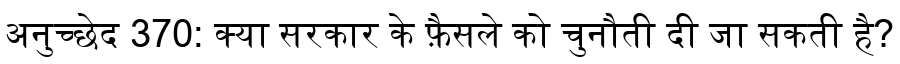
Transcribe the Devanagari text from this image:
अनुच्छेद 370: क्या सरकार के फ़ैसले को चुनौती दी जा सकती है?